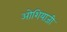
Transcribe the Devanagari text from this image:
ओशियाजी